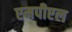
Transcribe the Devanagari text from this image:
एमपीएल